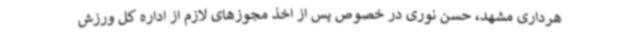
هرداری مشهد، حسن نوری در خصوص پس از اخذ مجوزهای لازم از اداره کل ورزش